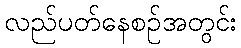
လည်ပတ်နေစဉ်အတွင်း